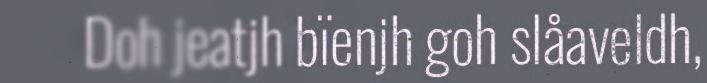
Doh jeatjh bïenjh goh slåaveldh,